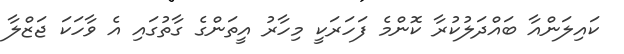
ކައިލަންއާ ބައްދަލުކުރާ ކޮންމެ ފަހަރަކީ މިހާރު އީތަންގެ ގާތުގައި އެ ވާހަކަ ޖަޒްލާ